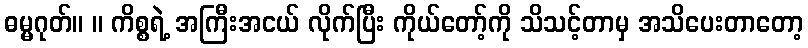
ဓမ္မဂုတ်။ ။ ကိစ္စရဲ့ အကြီးအငယ် လိုက်ပြီး ကိုယ်တော့်ကို သိသင့်တာမှ အသိပေးတာတော့